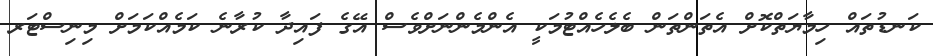
ކަނޑުތައް ހިމާޔަތްކޮށް އެތަންތަން ބެލެހެއްޓުމަކީ އެންމެންނަށްވެސް އޭގެ ފައިދާ ކުރާނެ ކަމެއްކަމަށް މިނިސްޓަރ